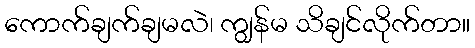
ကောက်ချက်ချမလဲ၊ ကျွန်မ သိချင်လိုက်တာ။